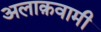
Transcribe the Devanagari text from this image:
अलाक़वामी